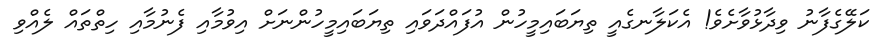
ކަލޭގެފާނު ވިދާޅުވާށެވެ! އެކަލާނގެއީ ތިޔަބައިމީހުން އުފައްދަވައި ތިޔަބައިމީހުންނަށް އިވުމާއި ފެނުމާއި ހިތްތައް ލެއްވި